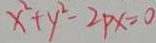
x ^ { 2 } + y ^ { 2 } - 2 p x = 0